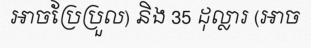
អាចប្រែប្រួល) និង 35 ដុល្លារ (អាច